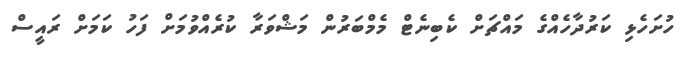
ހުށަހެޅި ކަރުދާހެއްގެ މައްޗަށް ކެބިނެޓް މެމްބަރުން މަޝްވަރާ ކުރެއްވުމަށް ފަހު ކަމަށް ރައީސް